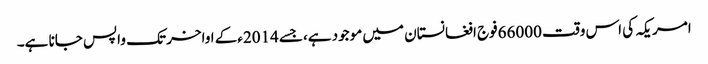
امریکہ کی اس وقت 66000فوج افغانستان میں موجود ہے،جسے 2014ءکے اواخر تک واپس جانا ہے۔